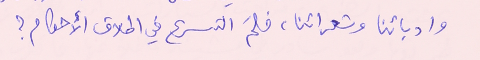
وادبائنا وشعرائنا، فلمَ التسرع في اطلاق الأحكام؟